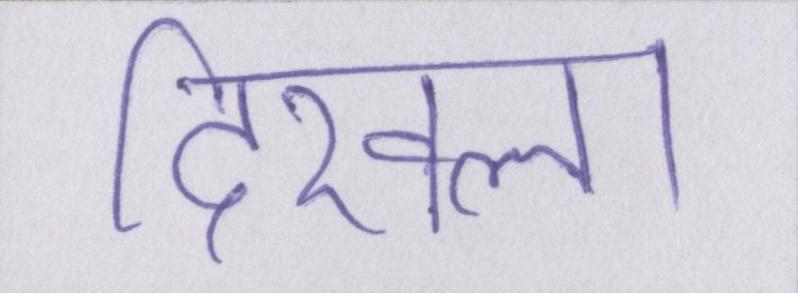
दिखला